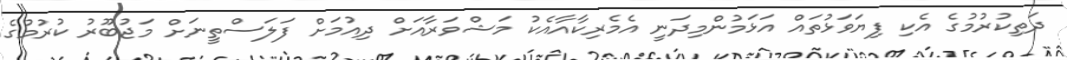
ދަތިކުރުމުގެ އެކި ފިޔަވަޅުތައް އަޅަމުންމިދަނީ އެމެރިކާއާއެކު މަޝްވަރާއަށް ދިއުމަށް ފަލަސްތީނަށް މަޖުބޫރު ކުރުމުގެ